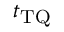
t _ { \mathrm { T Q } }